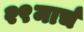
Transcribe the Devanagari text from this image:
२९मार्च